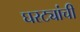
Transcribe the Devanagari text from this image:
घरट्यांची